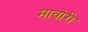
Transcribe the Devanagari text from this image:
मावोरी